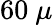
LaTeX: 60~\mu